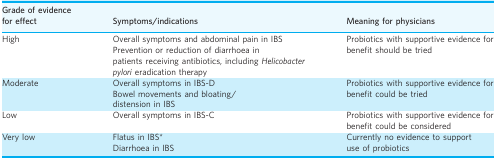
<table><thead><tr><td><b>Grade of evidence for effect</b></td><td><b>Symptoms/indications</b></td><td><b>Meaning for physicians</b></td></tr></thead><tbody><tr><td>High</td><td>Overall symptoms and abdominal pain in IBSPrevention or reduction of diarrhoea in patients receiving antibiotics, including <i>Helicobacter pylori</i> eradication therapy</td><td>Probiotics with supportive evidence for benefit should be tried</td></tr><tr><td>Moderate</td><td>Overall symptoms in IBS-DBowel movements and bloating/distension in IBS</td><td>Probiotics with supportive evidence for benefit could be tried</td></tr><tr><td>Low</td><td>Overall symptoms in IBS-C</td><td>Probiotics with supportive evidence for benefit could be considered</td></tr><tr><td>Very low</td><td>Flatus in IBS*Diarrhoea in IBS</td><td>Currently no evidence to support use of probiotics</td></tr></tbody></table>